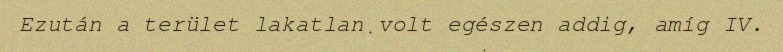
Ezután a terület lakatlan volt egészen addig, amíg IV.